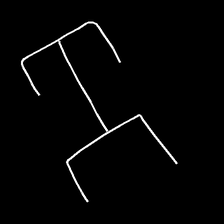
Glyph: entwine